Indian journal of veterinary science and animal husbandry - Volumes 15-17, 1948-1951
Year: 1948
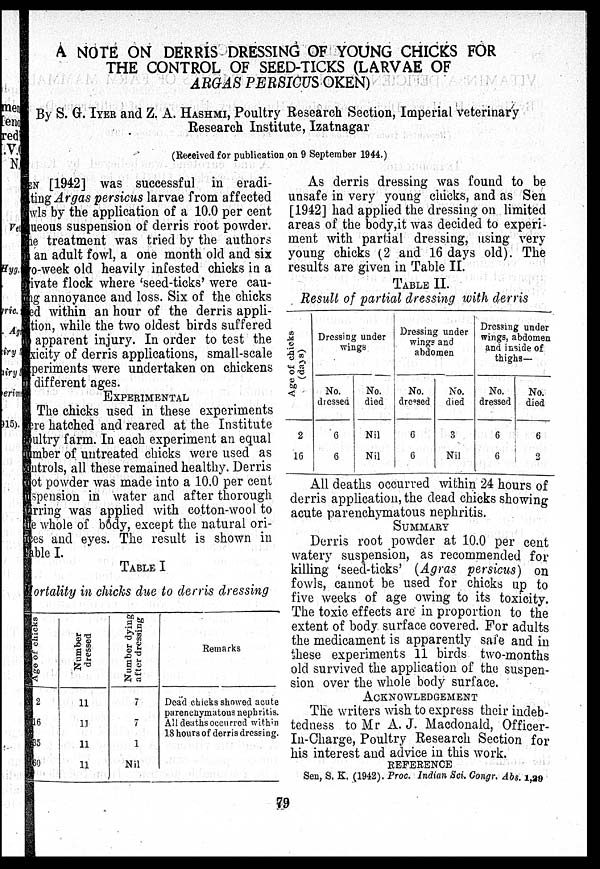
A NOTE ON DERRIS DRESSING OF YOUNG CHICKS FOR
THE CONTROL OF SEED-TICKS (LARVAE OF
ARGAS PERSICUS OKEN)
By S. Gr. IYER and Z. A. HASHMI, Poultry Research Section, Imperial veterinary
Research Institute, Izatnagar
(Received for publication on 9 September 1944.)
EN [1942] was successful in eradi-
ting Argas persicus larvae from affected
awls by the application of a 10.0 per cent
ueous suspension of derris root powder.
The treatment was tried by the authors
in an adult fowl, a one month old and six
ago-week old heavily infested chicks in a
private flock where 'seed-ticks' were cau-
sing annoyance and loss. Six of the chicks
ed within an hour of the derris appli-
tion, while the two oldest birds suffered
no apparent injury. In order to test the
toxicity of derris applications, small-scale
experiments were undertaken on chickens
of different ages.
EXPERIMENTAL
The chicks used in these experiments
were hatched and reared at the Institute
poultry farm. In each experiment an equal
number of untreated chicks were used as
controls, all these remained healthy. Derris
not powder was made into a 10.0 per cent
suspension in water and after thorough
stirring was applied with cotton-wool to
the whole of body, except the natural ori-
fices and eyes. The result is shown in
Table I.
TABLE I
Mortality in chicks due to derris dressing
Age of chicks
2
16
35
60
Number
dressed
11
11
11
11
Number dying
after dressing
7
7
1
Nil
Remarks
Dead chicks showed acute
parenchymatous nephritis.
All deaths occurred within
18 hours of derris dressing.
As derris dressing was found to be
unsafe in very young chicks, and as Sen
[1942] had applied the dressing on limited
areas of the body,it was decided to experi-
ment with partial dressing, using very
young chicks (2 and 16 days old). The
results are given in Table II.
TABLE II.
Result of partial dressing with derris
Age of chicks
(days)
2
16
Dressing under
wings
No.
dressed
6
6
No.
died
Nil
Nil
Dressing under
wings and
abdomen
No.
dressed
6
6
No.
died
3
Nil
Dressing under
wings, abdomen
and inside of
thighs—
No.
dressed
6
6
No.
died
6
3
All deaths occurred within 24 hours of
derris application, the dead chicks showing
acute parenchymatous nephritis.
SUMMARY
Derris root powder at 10.0 per cent
watery suspension, as recommended for
killing 'seed-ticks' (Agras persicus) on
fowls, cannot be used for chicks up to
five weeks of age owing to its toxicity.
The toxic effects are in proportion to the
extent of body surface covered. For adults
the medicament is apparently safe and in
these experiments 11 birds two-months
old survived the application of the suspen-
sion over the whole body surface.
ACKNOWLEDGEMENT
The writers wish to express their indeb-
tedness to Mr A. J. Macdonald, Officer-
In-Charge, Poultry Research Section for
his interest and advice in this work.
REFERENCE
Sen, S. K. (1942). Proc. Indian Sci. Congr. Abs. 1,29
79